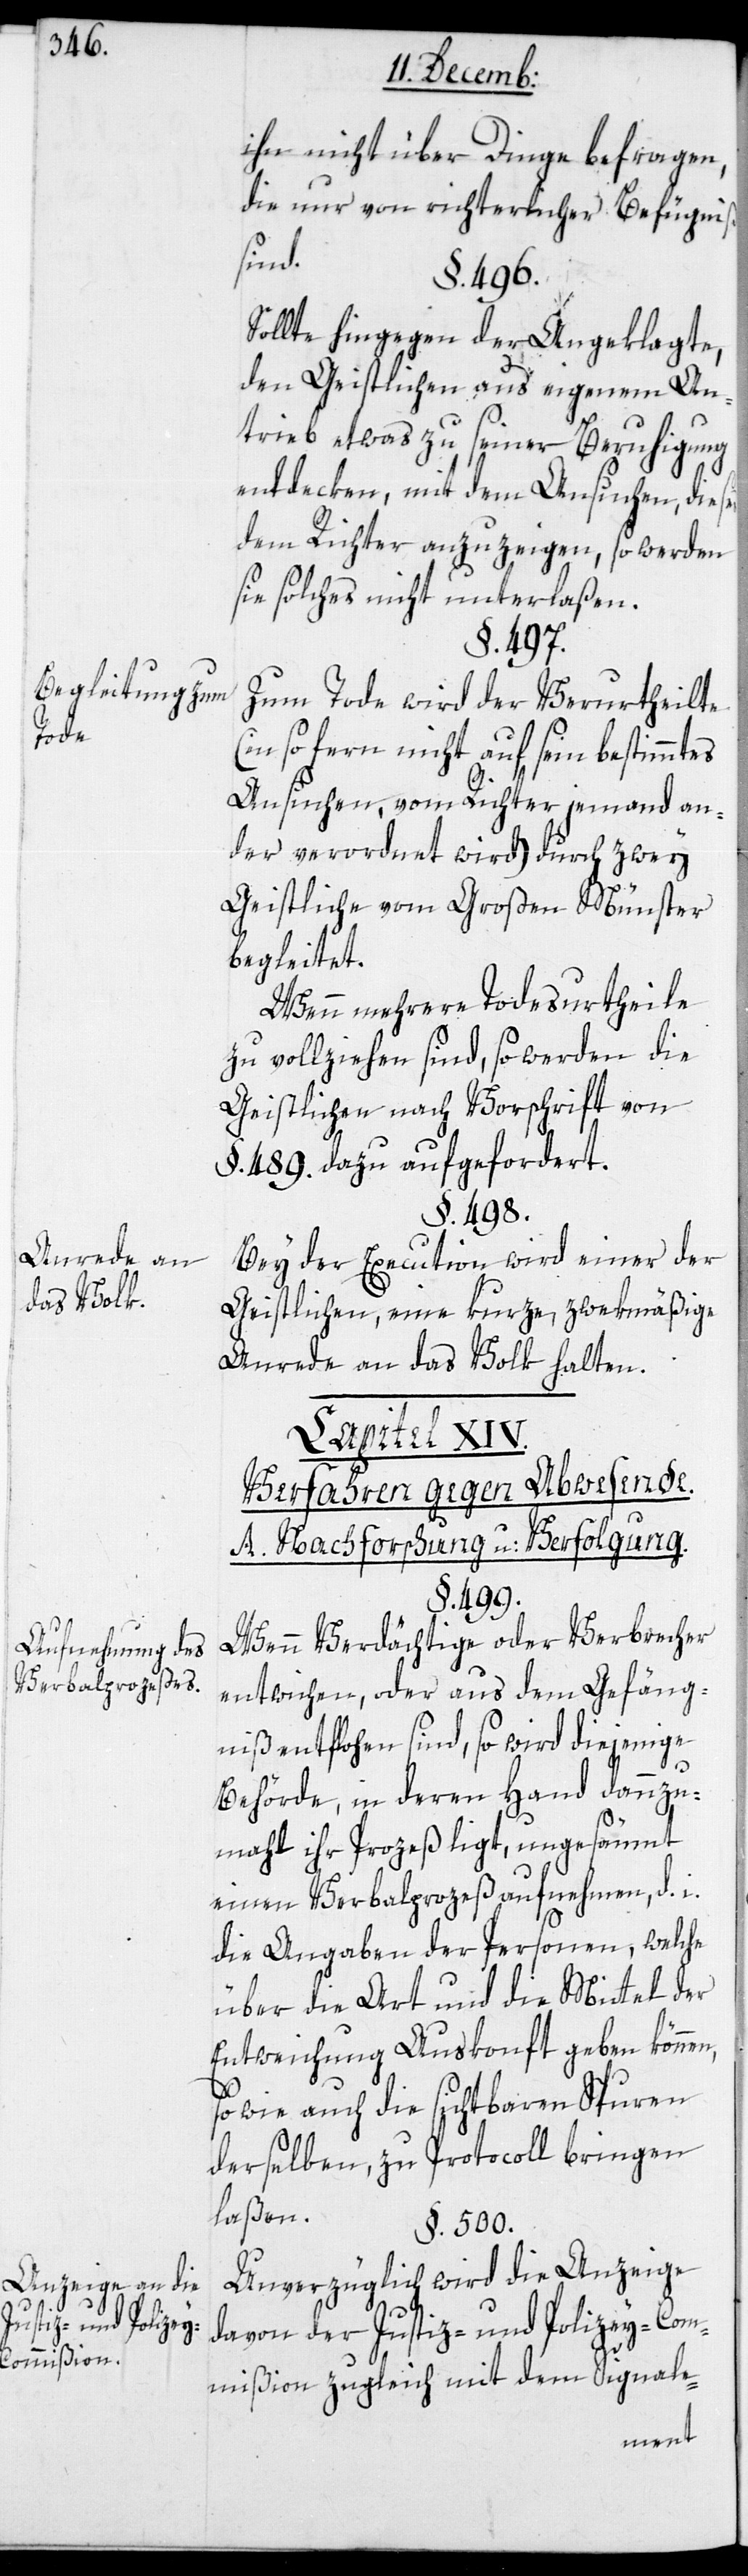
Begleitung zum
Tode
Anrede an
das Volk.
Aufnahmen des
Verbalprozeßes.
Anzeige an die
stiz- und Polize¬
y-Commißion.

ihn nicht über Dinge befragen,
die nur von richterlicher Befügniß
Ju¬
§. 499.
Sollte hingegen der Angeklagte
den Geistlichen aus eigenem An¬
trieb etwas zu seiner Beruhigung
entdeken, mit dem Ansuchen, dies¬
dem Richter anzuzeigen, so werden
sie solches nicht unterlaßen.
§. 497.
Zum Tode wird der Verurtheilte
(in so fern nicht auf sein bestimmtes
Ansuchen, vom Richter jemand an¬
der verordnet wird), durch zwey
Geistliche vom Großen Münster
begleitet.
Wenn mehrere Todesurtheile
zu vollziehen sind, so werden die
Geistlichen nach Vorschrift von
§. 489. dazu aufgefordert.
§. 498.
Bei der Execution wird einer der
Geistlichen eine kurze, zwekmäßige
Anrede an das Volk halten.
Capital XIV.
Verfahren gegen Abwesende.
A. Nachforschung und Verfolgung.
Wenn Verdächtige oder Verbrecher
entwichen, oder aus dem Gefäng¬
niß entflohen sind, so wird diejenige
Behörde, in deren Hand dannzu¬
mahl ihr Prozeß liegt, ungesäumt
einen Verbalprozeß aufnehmen, d. i.
die Angaben der Personen, welche
über die Art und die Mittel der
Entweichung Auskonft geben könne¬
sowie auch die sichtbaren Spuren
derselben, zu Protocoll bringen
laßen.
§. 500.
Unverzüglich wird die Anzeige
davon der Justiz- und Polizey-Com¬
mißion zugleich mit dem Signale-